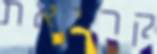
קריאת